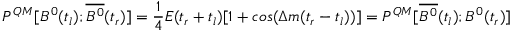
P ^ { Q M } [ B ^ { 0 } ( t _ { l } ) ; \overline { { { B ^ { 0 } } } } ( t _ { r } ) ] = \frac { 1 } { 4 } E ( t _ { r } + t _ { l } ) [ 1 + c o s ( \Delta m ( t _ { r } - t _ { l } ) ) ] = P ^ { Q M } [ \overline { { { B ^ { 0 } } } } ( t _ { l } ) ; B ^ { 0 } ( t _ { r } ) ]